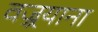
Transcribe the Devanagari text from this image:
वज्र्रयाना